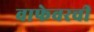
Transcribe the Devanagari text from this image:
वाफेवरची